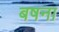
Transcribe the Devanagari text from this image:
बषना